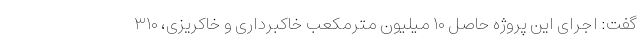
گفت: اجرای این پروژه حاصل ۱۰ میلیون مترمکعب خاکبرداری و خاکریزی، ۳۱۰